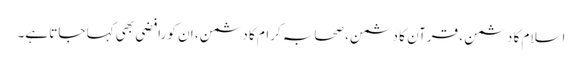
اسلام کا دشمن ، قرآن کا دشمن، صحابہ کرام کا دشمن، ان کو رافضی بھی کہا جاتا ہے۔